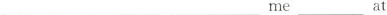
___ ___ ___ me ___ at